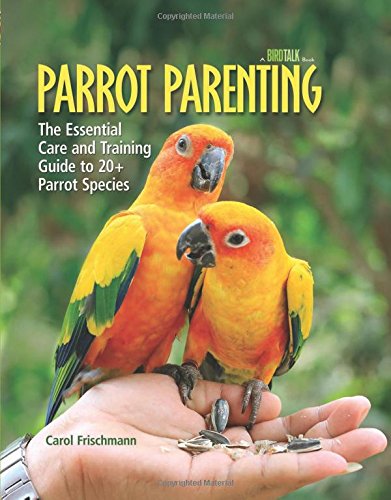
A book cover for Parrot Parenting: The Essential Care and Training Guide to +20 Parrot Species (Birdtalk); Carol Frischmann; Crafts, Hobbies & Home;